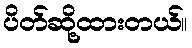
ပိတ်ဆို့ထားတယ်။